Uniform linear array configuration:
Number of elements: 4
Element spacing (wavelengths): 0.25
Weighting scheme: hamming
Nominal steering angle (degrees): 30
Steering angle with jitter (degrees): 29.322
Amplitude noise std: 0.05
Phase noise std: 0.05

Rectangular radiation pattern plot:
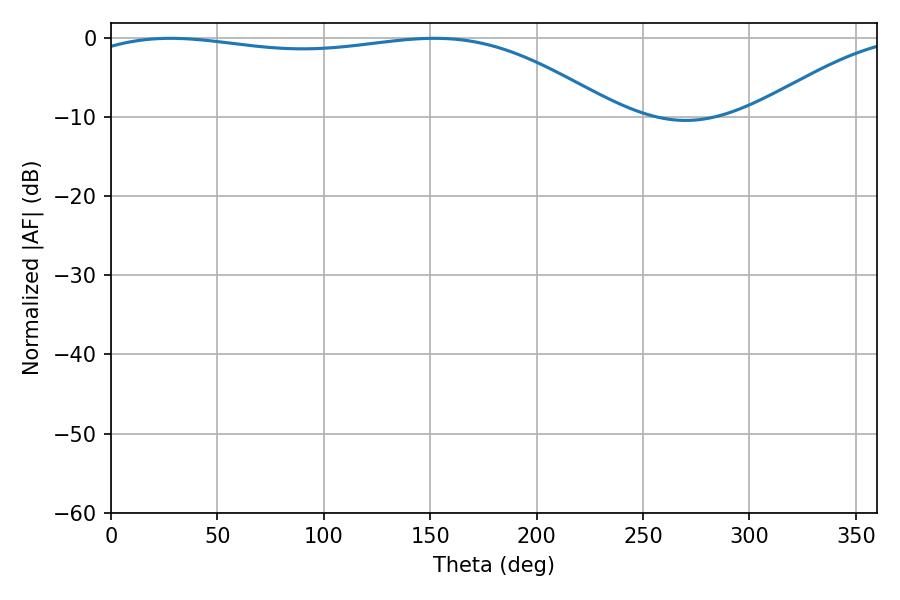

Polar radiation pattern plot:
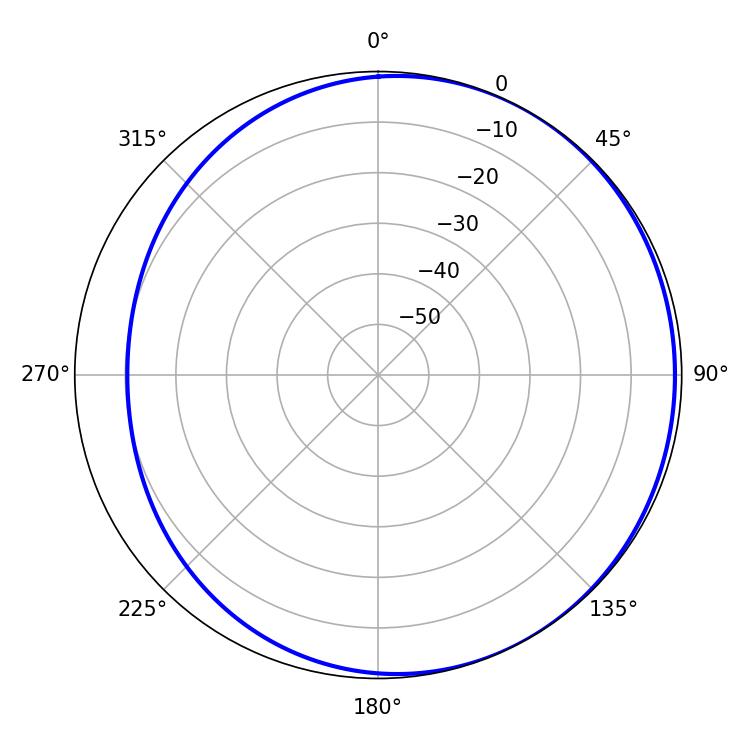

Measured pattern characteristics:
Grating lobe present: FALSE
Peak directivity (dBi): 1.865
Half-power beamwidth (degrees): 199.8
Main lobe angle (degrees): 27.9